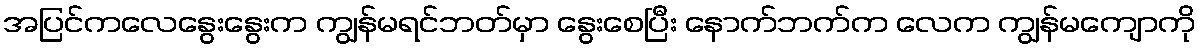
အပြင်ကလေနွေးနွေးက ကျွန်မရင်ဘတ်မှာ နွေးစေပြီး နောက်ဘက်က လေက ကျွန်မကျောကို